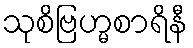
သုစိဗြဟ္မစာရိနီ